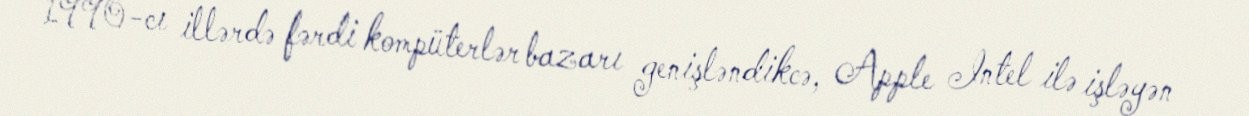
1990-cı illərdə fərdi kompüterlər bazarı genişləndikcə, Apple Intel ilə işləyən